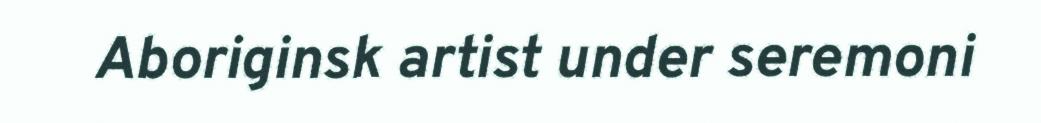
Aboriginsk artist under seremoni